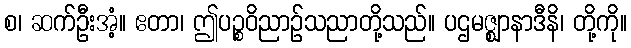
စ၊ ဆက်ဦးအံ့။ ဧတာ၊ ဤပဉ္စဝိညာဉ်သညာတို့သည်။ ပဌမဇ္ဈာနာဒီနိ၊ တို့ကို။